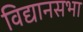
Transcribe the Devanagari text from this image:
विद्यानसभा